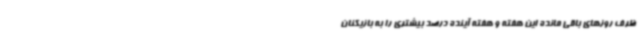
ظرف روزهای باقی مانده این هفته و هفته آینده درصد بیشتری را به بازیکنان